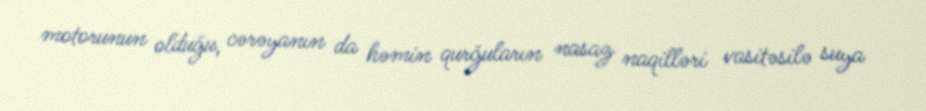
motorunun olduğu, cərəyanın da həmin qurğuların nasaz naqilləri vasitəsilə suya